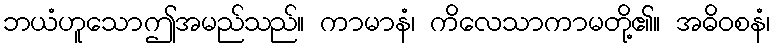
ဘယံဟူသောဤအမည်သည်။ ကာမာနံ၊ ကိလေသာကာမတို့၏။ အဓိဝစနံ၊